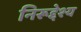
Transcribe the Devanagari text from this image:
निरूद्देश्य